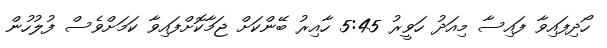
ހޯދިފައިވާ ފައިސާ މިއަދު ހަވީރު 5:45 ހާއިރު ބޭންކަށް ޖަމާކޮށްފައިވާ ކަމަށްވެސް ފުލުހުން